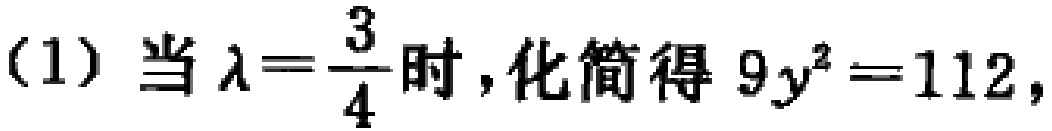
(1) 当 $\lambda=\frac{3}{4}$ 时，化简得 $9y^{2}=112$，